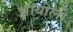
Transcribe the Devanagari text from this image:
आंयोलो